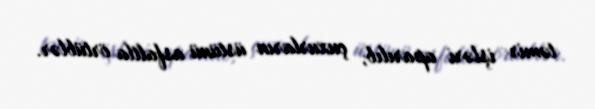
təmir işləri aparılıb, çuxurların üstünü asfaltla örtüblər.